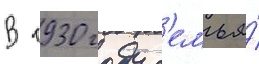
В 1930 году с'емья́